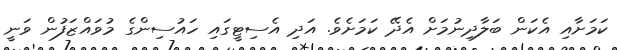
ކަމަށާއި އެކަން ބަލާދިނުމަށް އެދޭ ކަަމަށެވެ. އަދި އެސިޓީގައި ހައުސިންގެ މުވައްޒަފުން ވަނީ